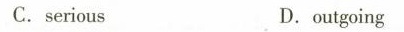
C.serious D,outgoing